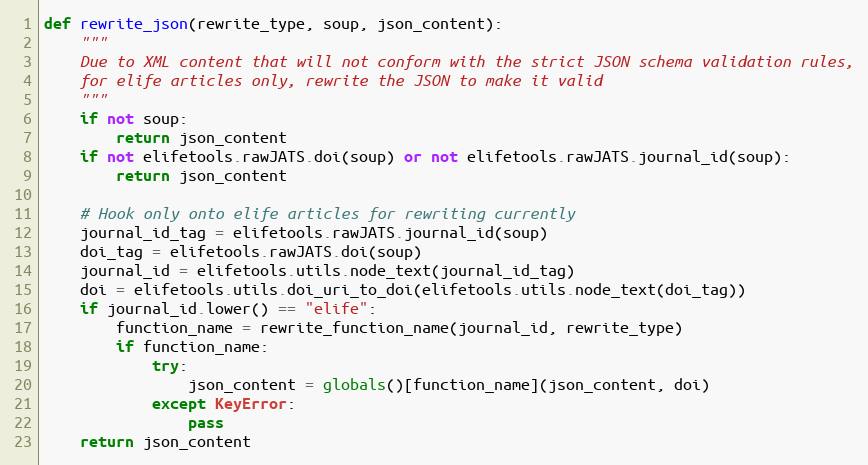
Language: Python
def rewrite_json(rewrite_type, soup, json_content):
    """
    Due to XML content that will not conform with the strict JSON schema validation rules,
    for elife articles only, rewrite the JSON to make it valid
    """
    if not soup:
        return json_content
    if not elifetools.rawJATS.doi(soup) or not elifetools.rawJATS.journal_id(soup):
        return json_content

    # Hook only onto elife articles for rewriting currently
    journal_id_tag = elifetools.rawJATS.journal_id(soup)
    doi_tag = elifetools.rawJATS.doi(soup)
    journal_id = elifetools.utils.node_text(journal_id_tag)
    doi = elifetools.utils.doi_uri_to_doi(elifetools.utils.node_text(doi_tag))
    if journal_id.lower() == "elife":
        function_name = rewrite_function_name(journal_id, rewrite_type)
        if function_name:
            try:
                json_content = globals()[function_name](json_content, doi)
            except KeyError:
                pass
    return json_content